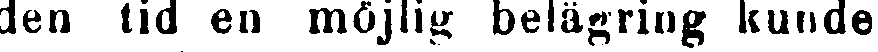
den tid en möjlig belägring kunde